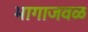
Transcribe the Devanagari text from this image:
भागाजवळ